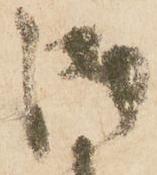
御